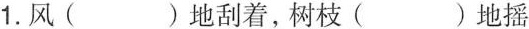
1. 风( )地刮着，树枝( )地摇